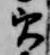
実